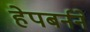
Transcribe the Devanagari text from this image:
हेपबर्नने